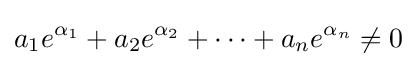
a_{1}e^{\alpha _{1}}+a_{2}e^{\alpha _{2}}+\cdots +a_{n}e^{\alpha _{n}}\neq 0